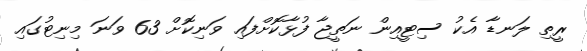
ރީތި ލަނޑާ އެކު ސިޓީއިން ނަތީޖާ ފުޅާކޮށްފައި ވަނިކޮށް 63 ވަނަ މިނިޓުގައި